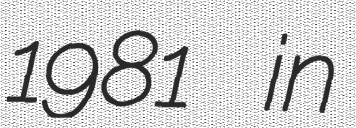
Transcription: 1981 in